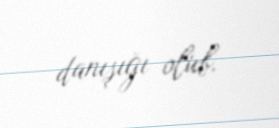
danışığı olub.